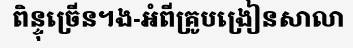
ពិន្ទុច្រើន។ង-អំពីគ្រូបង្រៀនសាលា